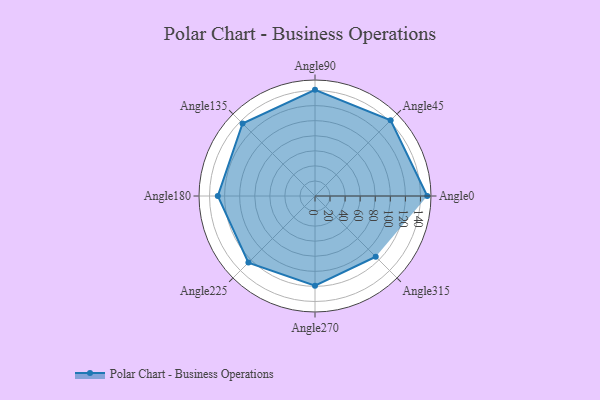
{"axis": {"x": "Angle", "y": "Radius"}, "legend": [""], "data": [{"x": "Angle0", "y": 149.0, "type": ""}, {"x": "Angle45", "y": 142.0, "type": ""}, {"x": "Angle90", "y": 141.0, "type": ""}, {"x": "Angle135", "y": 136.0, "type": ""}, {"x": "Angle180", "y": 129.0, "type": ""}, {"x": "Angle225", "y": 125.0, "type": ""}, {"x": "Angle270", "y": 119.0, "type": ""}, {"x": "Angle315", "y": 114.0, "type": ""}]}